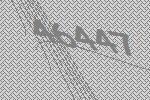
46447